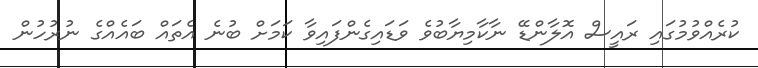
ކުރެއްވުމުގައި ރައީސް އޮލާންޑޭ ނާކާމިޔާބުވެ ވަޑައިގެންފައިވާ ކަމަށް ބުނެ އެތައް ބައެއްގެ ނުރުހުން